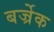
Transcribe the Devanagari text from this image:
बर्ज्रेक